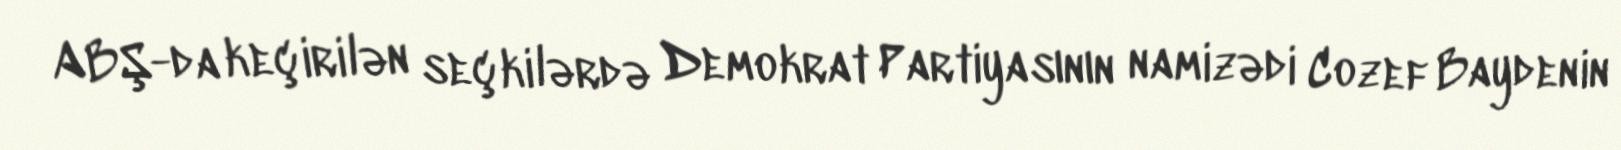
ABŞ-da keçirilən seçkilərdə Demokrat Partiyasının namizədi Cozef Baydenin